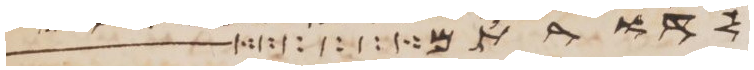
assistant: לתת לכם